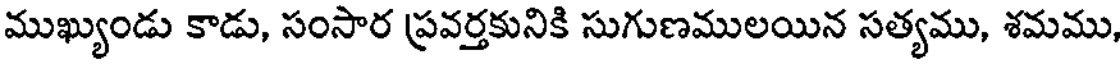
ముఖ్యుండు కాడు, సంసార ప్రవర్తకునికి సుగుణములయిన సత్యము, శమము,